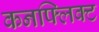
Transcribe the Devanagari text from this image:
कनफ्लिक्ट